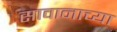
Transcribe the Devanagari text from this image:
सावानाच्या